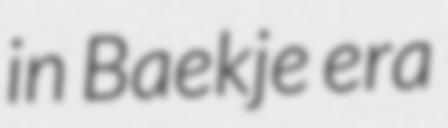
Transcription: in Baekje era